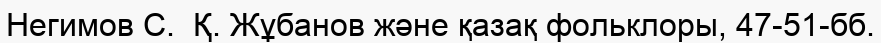
Негимов С.  Қ. Жұбанов және қазақ фольклоры, 47-51-бб.